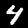
Digit: 4